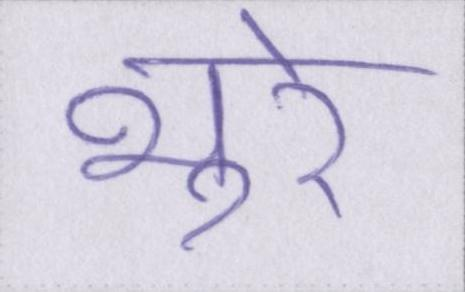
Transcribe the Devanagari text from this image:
भूरे